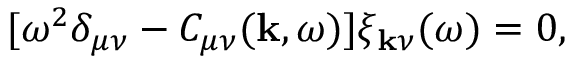
\begin{array} { r } { [ \omega ^ { 2 } \delta _ { \mu \nu } - C _ { \mu \nu } ( { \bf k } , \omega ) ] \xi _ { { \bf k } \nu } ( \omega ) = 0 , } \end{array}